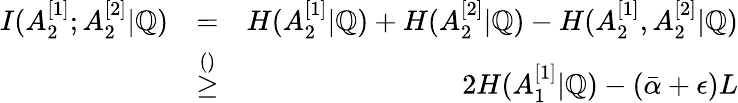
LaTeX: \begin{array}{rlr}{I(A_{2}^{[1]};A_{2}^{[2]}|\mathbb{Q})}&{=}&{H(A_{2}^{[1]}|\mathbb{Q})+H(A_{2}^{[2]}|\mathbb{Q})-H(A_{2}^{[1]},A_{2}^{[2]}|\mathbb{Q})}\\ &{\overset{()}{\geq}}&{2H(A_{1}^{[1]}|\mathbb{Q})-(\bar{\alpha}+\epsilon)L}\end{array}